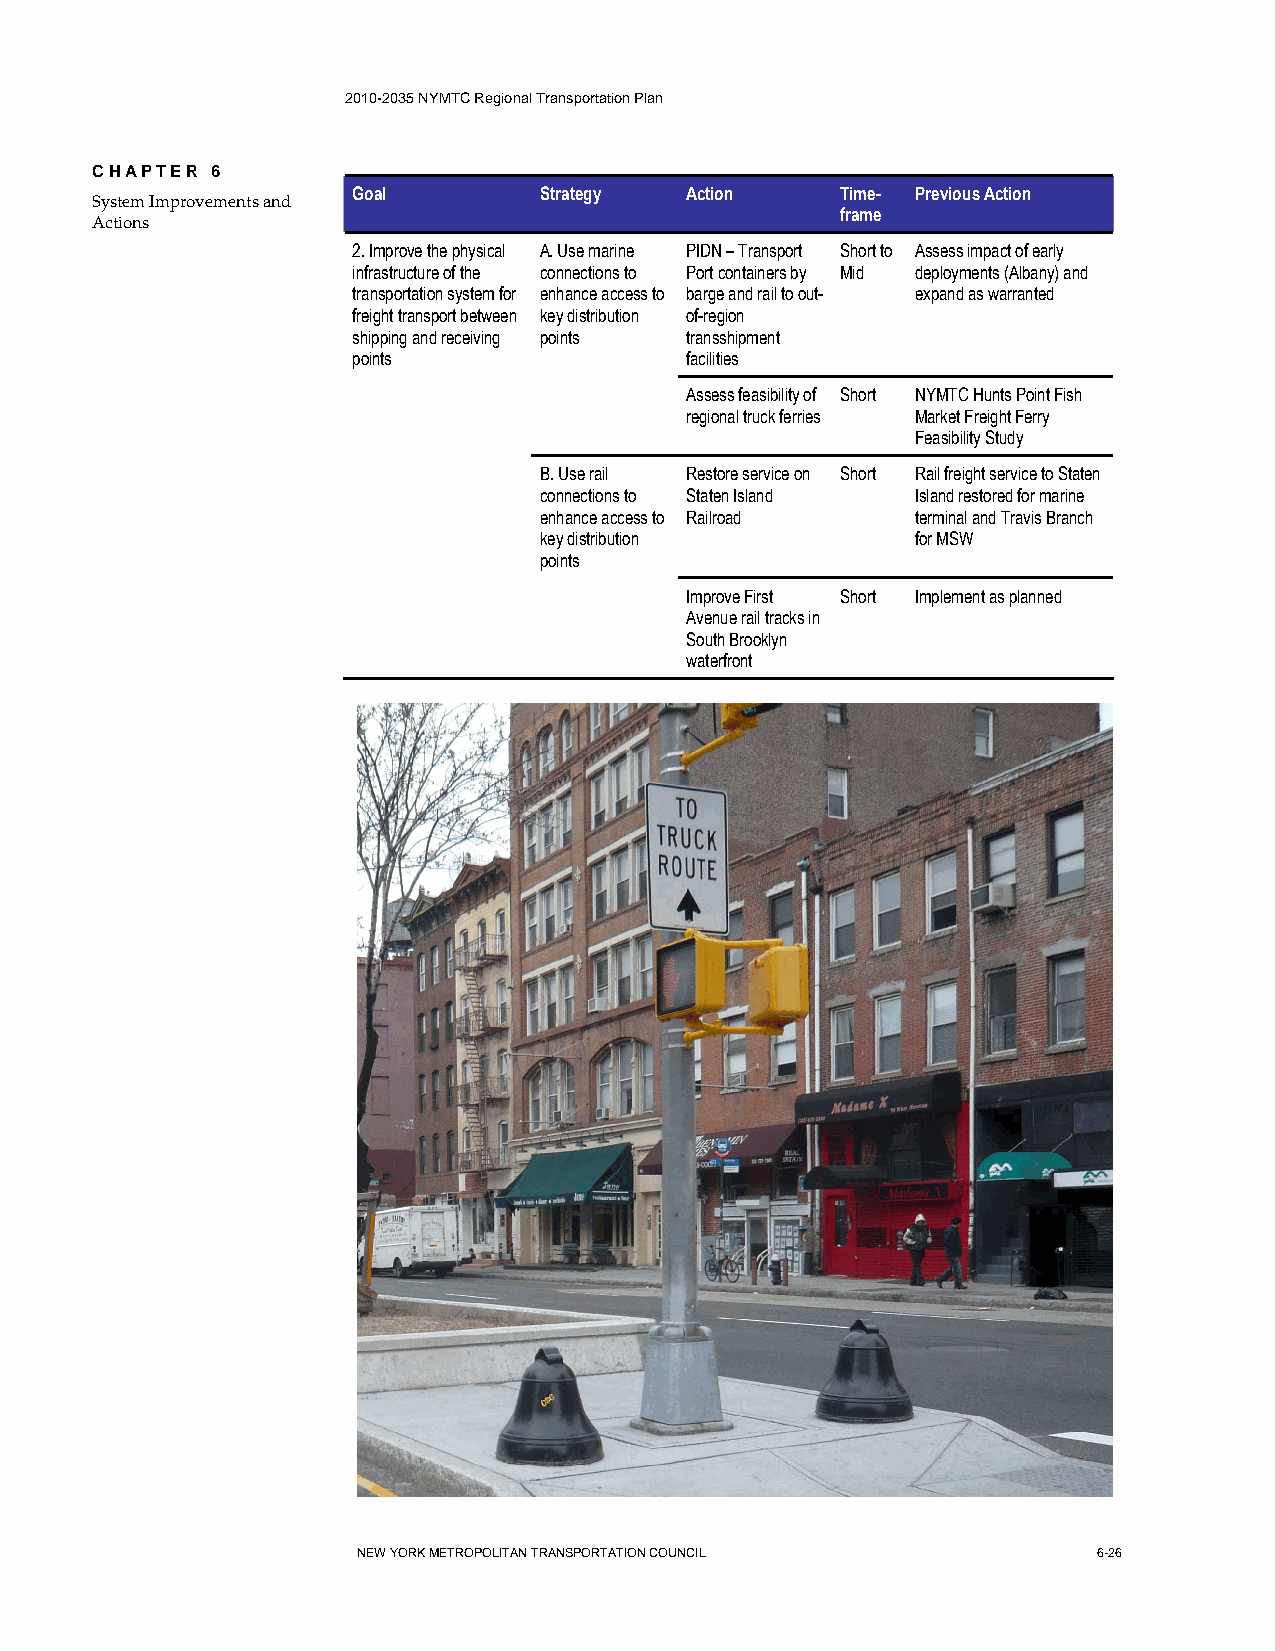
2010-2035 NYMTC Regional Transportation Plan
 CHAPTER 6
 Goal         Strategy Action     Time- Previous Action
 System Improvements and
 Actions
 frame
 2. Improve the physical A. Use marine PIDN – Transport Short to Assess impact of early
 infrastructure of the connections to Port containers by Mid deployments (Albany) and
 transportation system for enhance access to barge and rail to out- expand as warranted
 freight transport between key distribution of-region
 shipping and receiving points transshipment
 points                facilities
 Assess feasibility of Short NYMTC Hunts Point Fish
 regional truck ferries Market Freight Ferry
 Feasibility Study
 B. Use rail Restore service on Short Rail freight service to Staten
 connections to Staten Island Island restored for marine
 enhance access to Railroad terminal and Travis Branch
 key distribution         for MSW
 points
 Improve First Short Implement as planned
 Avenue rail tracks in
 South Brooklyn
 waterfront
 NEW YORK METROPOLITAN TRANSPORTATION COUNCIL     6-26